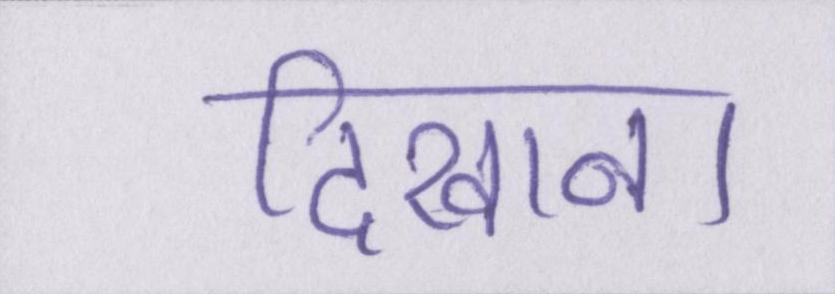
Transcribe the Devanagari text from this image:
दिखाना